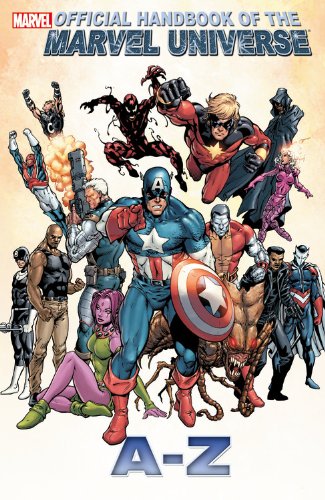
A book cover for Official Handbook of the Marvel Universe A to Z Volume 2 (Official Handbook to the Marvel Universe a to Z); Marvel Comics; Reference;